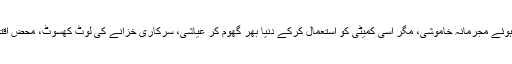
آج اس کے نام کے ساتھ دین فروشی، بہتان تراشی، ڈیزل، کشمیر کمیٹی کا چیئرمین رہتے ہوئے مجرمانہ خاموشی، مگر اسی کمیٹی کو استعمال کرکے دنیا بھر گھوم کر عیاشی، سرکاری خزانے کی لوٹ کھسوٹ، محض اقتدار کی سیاست، زمینوں پر قبضے، 44 لاکھ کی لسی پینے جیسے کئی لیبل لگ چکے ہیں۔